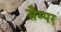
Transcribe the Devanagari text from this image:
सैम्पर